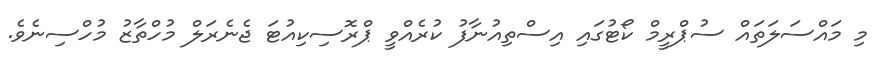
މި މައްސަލަތައް ސުޕްރީމް ކޯޓުގައި އިސްތިއުނާފު ކުރެއްވީ ޕްރޮސިކިއުޓަ ޖެނެރަލް މުހްތާޒު މުހްސިނެވެ.